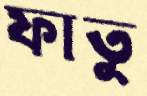
ফাতু